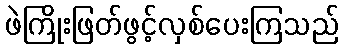
ဖဲကြိုးဖြတ်ဖွင့်လှစ်ပေးကြသည်